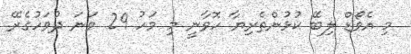
މި އެވޯޑް ލިބޭ ކުޅުންތެރިޔާ ހޮވާނީ މި މަހު 29 ވަނަ ދުވަހުގެރޭ